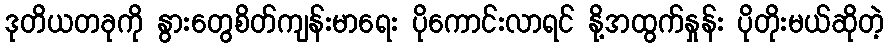
ဒုတိယတခုကို နွားတွေစိတ်ကျန်းမာရေး ပိုကောင်းလာရင် နို့အထွက်နှုန်း ပိုတိုးမယ်ဆိုတဲ့